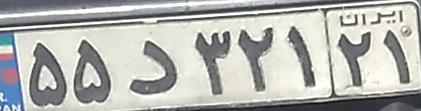
۵۵د۳۲۱۲۱